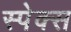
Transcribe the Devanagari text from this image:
स्पेक्स